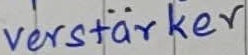
Text: verstärker